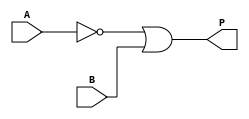
module Propo (output P, input A, input B);
  not (notA, A);
  or (P, notA, B);

endmodule